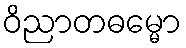
ဝိညာတဓမ္မော